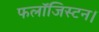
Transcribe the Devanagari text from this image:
फलॉजिस्टन।